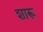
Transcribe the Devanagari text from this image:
शारू